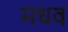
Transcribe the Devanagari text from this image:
मधव